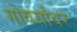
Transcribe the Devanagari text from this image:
गोवर्यांवर